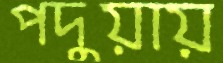
পদুয়ায়